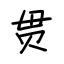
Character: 贯